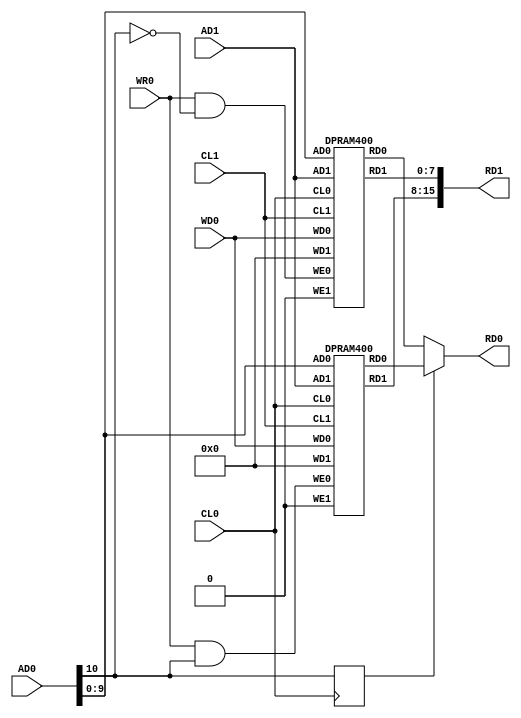
// Copyright (c) 2011 MiSTer-X

module VDPRAM400x2
(
	input			CL0,
	input   [10:0]	AD0,
	input			WR0,
	input	 [7:0]	WD0,
	output   [7:0]	RD0,

	input			CL1,
	input	 [9:0]	AD1,
	output  [15:0]	RD1
);

reg A10;
always @( posedge CL0 ) A10 <= AD0[10];

wire [7:0] RD00, RD01;
DPRAM400 LS( CL0, AD0[9:0], WR0 & (~AD0[10]), WD0, RD00, CL1, AD1, 1'b0, 8'h0, RD1[ 7:0] );
DPRAM400 HS( CL0, AD0[9:0], WR0 & ( AD0[10]), WD0, RD01, CL1, AD1, 1'b0, 8'h0, RD1[15:8] );

assign RD0 = A10 ? RD01 : RD00;

endmodule


module DPRAM800
(
	input				CL0,
	input     [10:0]	AD0,
	input				WE0,
	input      [7:0]	WD0,
	output reg [7:0]	RD0,
	
	input				CL1,
	input	  [10:0]	AD1,
	input				WE1,
	input      [7:0]	WD1,
	output reg [7:0]	RD1
);

reg [7:0] core[0:2047];

always @( posedge CL0 ) begin
	if (WE0) begin 
		core[AD0] <= WD0;
	end else 
		RD0 <= core[AD0];

end

always @( posedge CL1 ) begin
	if (WE1) begin 
		core[AD1] <= WD1;
	end else 	
		RD1 <= core[AD1];

end

endmodule


module DPRAM400
(
	input				CL0,
	input	   [9:0]	AD0,
	input				WE0,
	input      [7:0]	WD0,
	output reg [7:0]	RD0,
	
	input				CL1,
	input	   [9:0]	AD1,
	input				WE1,
	input      [7:0]	WD1,
	output reg [7:0]	RD1
);

reg [7:0] core[0:1023];

always @( posedge CL0 ) begin
	if (WE0) begin 
		core[AD0] <= WD0;
	end else 
		RD0 <= core[AD0];
end

always @( posedge CL1 ) begin
	if (WE1) begin 
		core[AD1] <= WD1;
	end else 
		RD1 <= core[AD1];
end

endmodule


module DPRAM200
(
	input				CL0,
	input	   [8:0]	AD0,
	input				WE0,
	input      [7:0]	WD0,
	output reg [7:0]	RD0,
	
	input				CL1,
	input	   [8:0]	AD1,
	input				WE1,
	input      [7:0]	WD1,
	output reg [7:0]	RD1
);

reg [7:0] core[0:511];

always @( posedge CL0 ) begin
	if (WE0) begin 
		core[AD0] <= WD0;
	end else 
		RD0 <= core[AD0];
end

always @( posedge CL1 ) begin
	if (WE1) begin 
		core[AD1] <= WD1;
	end else 
		RD1 <= core[AD1];

end

endmodule